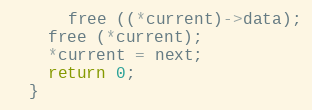
Language: C
      free ((*current)->data);
    free (*current);
    *current = next;
    return 0;
  }